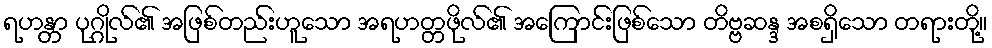
ရဟန္တာ ပုဂ္ဂိုလ်၏ အဖြစ်တည်းဟူသော အရဟတ္တဖိုလ်၏ အကြောင်းဖြစ်သော တိဗ္ဗဆန္ဒ အစရှိသော တရားတို့။